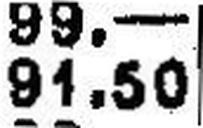
91.50